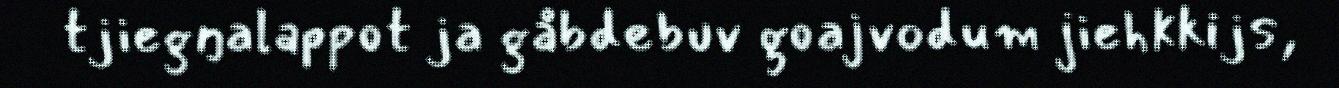
tjiegŋalappot ja gåbdebuv goajvodum jiehkkijs,